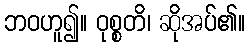
ဘဝဟူ၍။ ဝုစ္စတိ၊ ဆိုအပ်၏။